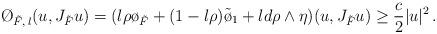
LaTeX: \begin{align*}\O_{\tilde F, \, \l}(u, J_{\tilde F}u) =(\l \rho \o_{\tilde F} + (1- \l \rho) \tilde \o_1 + \l d \rho \wedge \eta)(u, J_{\tilde F}u) \ge \frac{c}{2} |u|^2 \, .\end{align*}